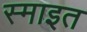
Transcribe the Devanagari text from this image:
स्माइत